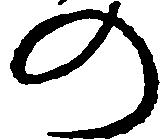
の